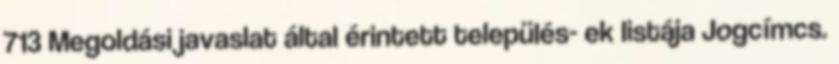
713 Megoldási javaslat által érintett település- ek listája Jogcímcs.